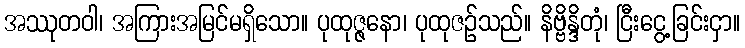
အဿုတဝါ၊ အကြားအမြင်မရှိသော။ ပုထုဇ္ဇနော၊ ပုထုဇဉ်သည်။ နိဗ္ဗိန္ဒိတုံ၊ ငြီးငွေ့ခြင်းငှာ။